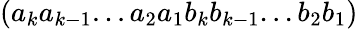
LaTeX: ({a_{k}}{a_{k-1}}...{a_{2}}{a_{1}}{b_{k}}{b_{k-1}}...{b_{2}}{b_{1}})